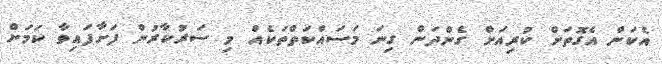
އެކަން އެގޮތަށް ކުރިއަށް ގެންދަން ގިނަ މަސައްކަތްތަކެއް މި ސަރުކާރުން ފަށާފައިވާ ކަމަށް